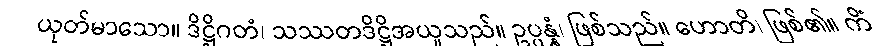
ယုတ်မာသော။ ဒိဋ္ဌိဂတံ၊ သဿတဒိဋ္ဌိအယူသည်။ ဥပ္ပန္နံ၊ ဖြစ်သည်။ ဟောတိ၊ ဖြစ်၏။ ကိံ